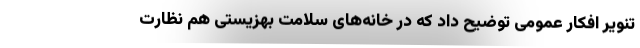
تنویر افکار عمومی توضیح داد که در خانه‌های سلامت بهزیستی هم نظارت